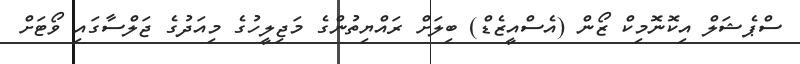
ސްޕެޝަލް އިކޮނޮމިކް ޒޯން (އެސްއީޒެޑް) ބިލަށް ރައްޔިތުންގެ މަޖިލީހުގެ މިއަދުގެ ޖަލްސާގައި ވޯޓަށް